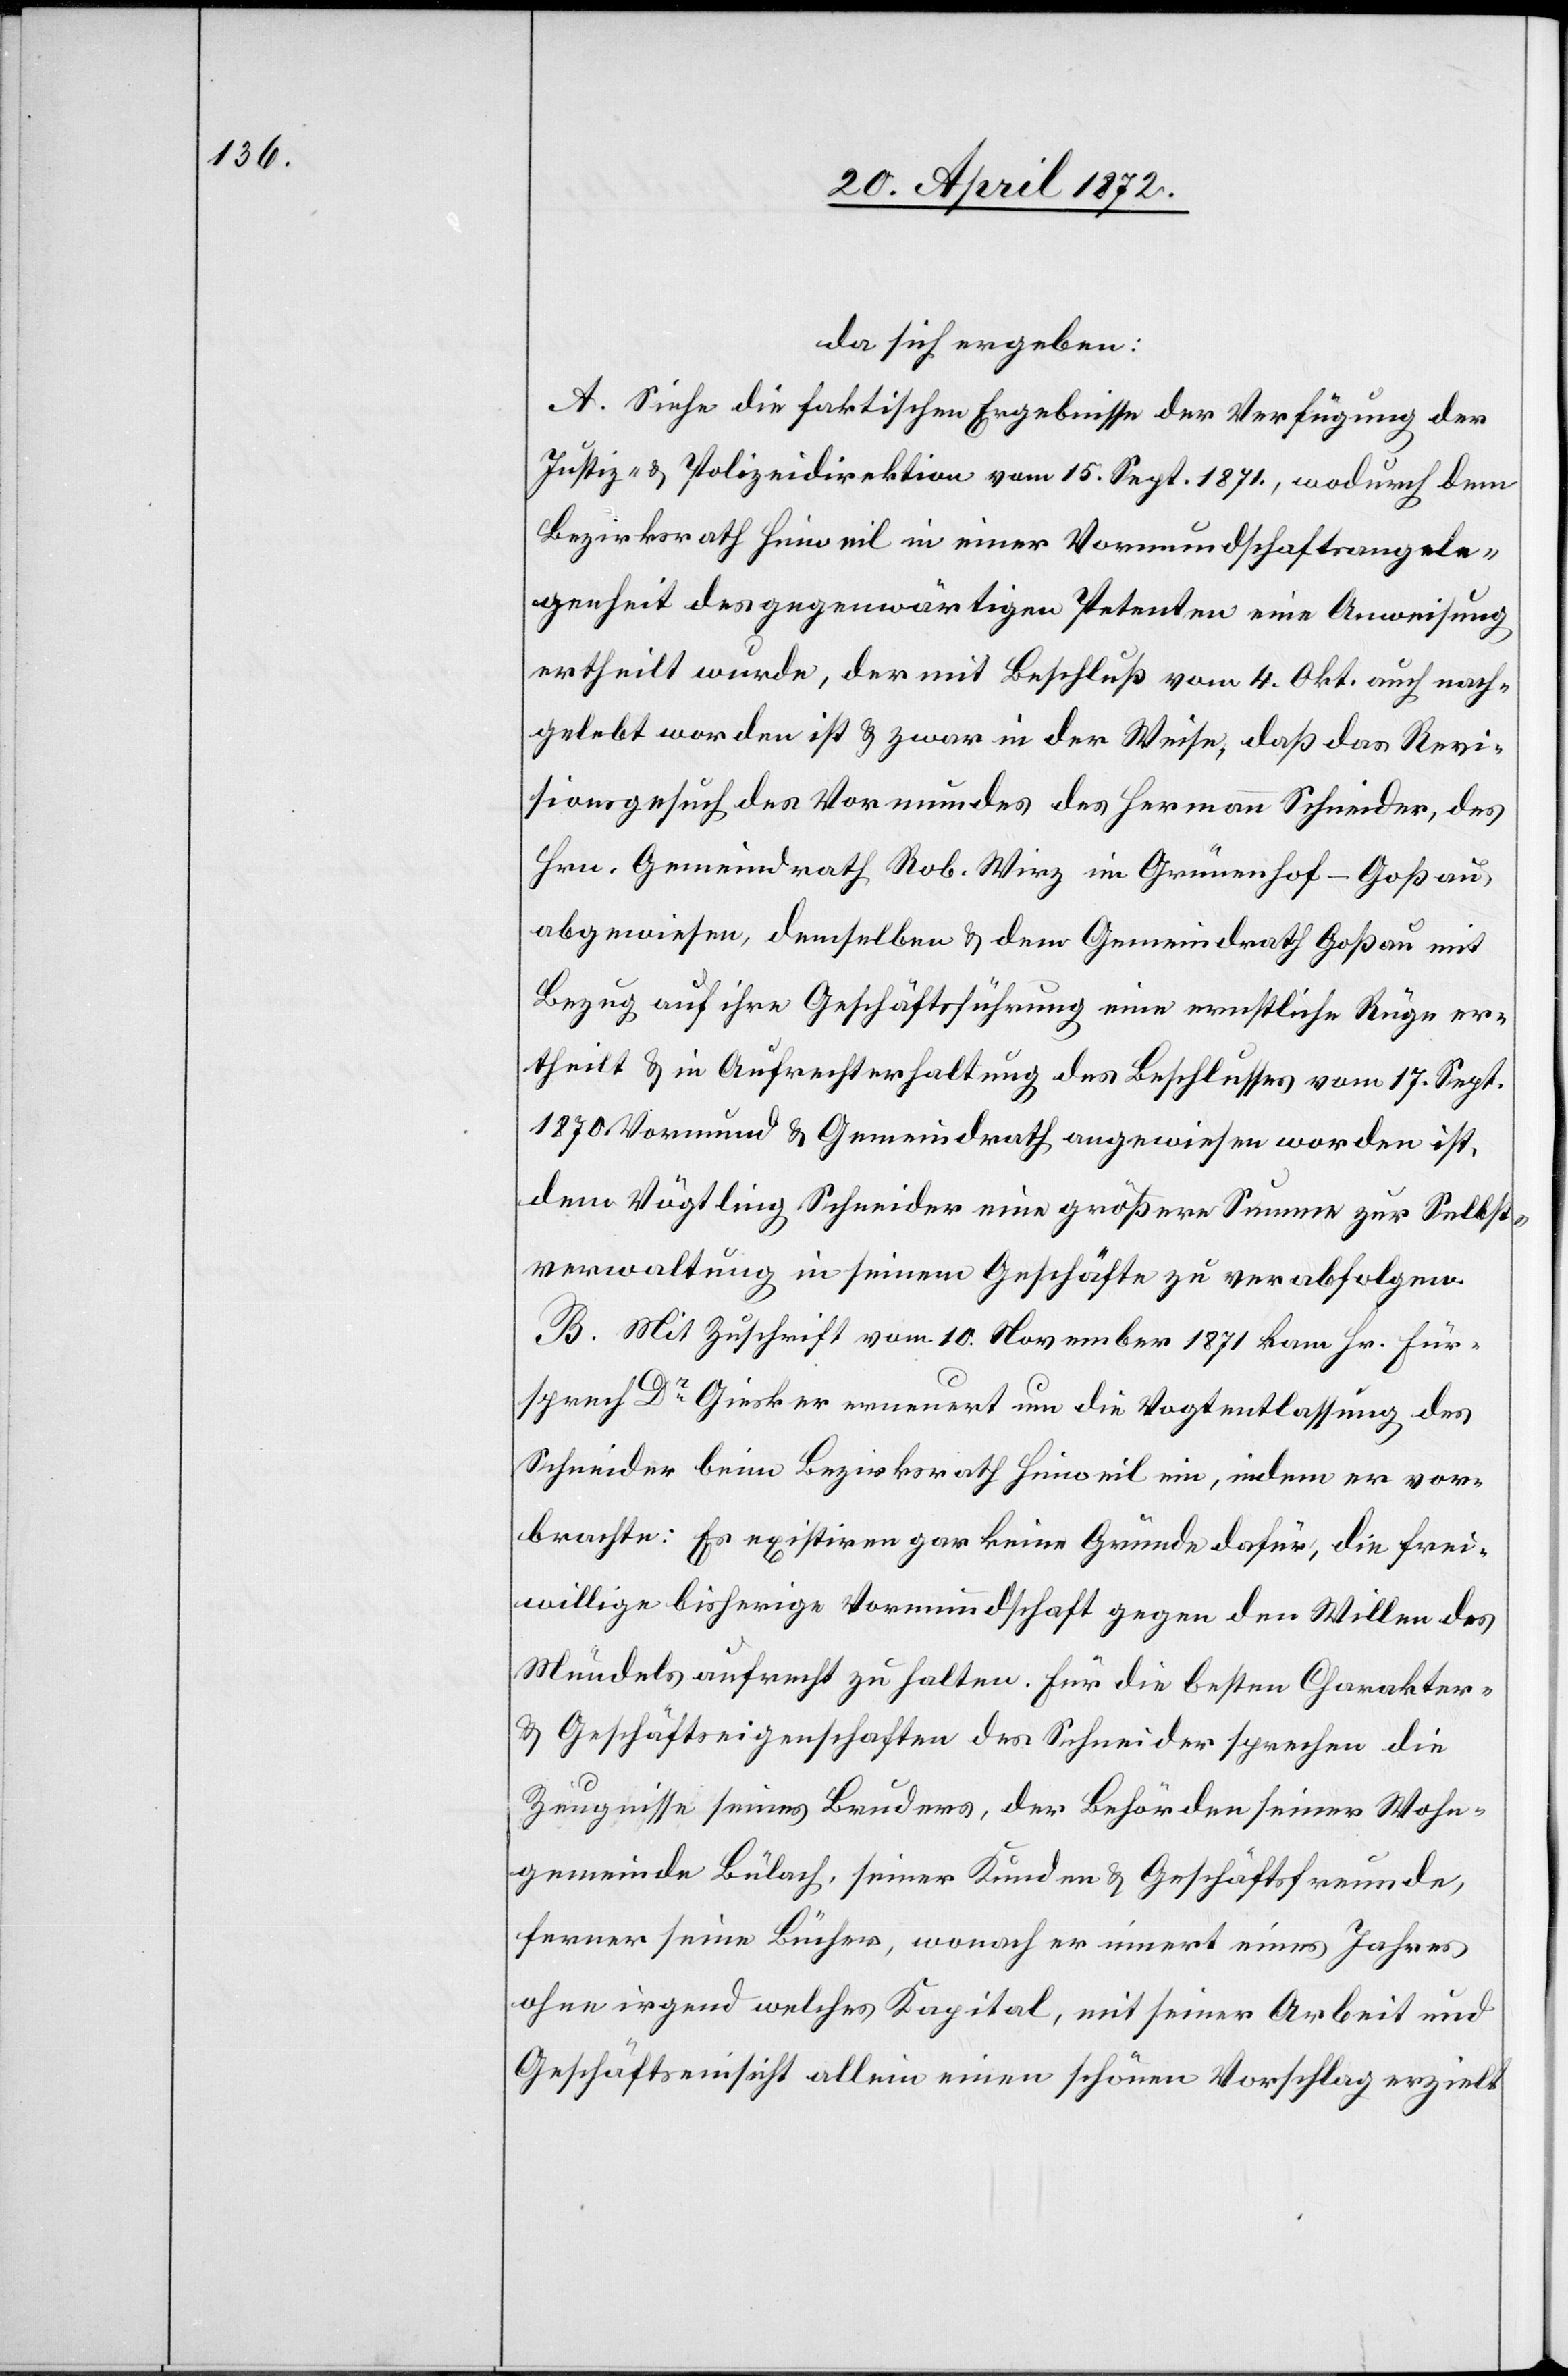
da sich ergeben:
A. Siehe die faktischen Ergebnisse der Verfügung der
Justiz- u. Polizeidirektion vom 15. Sept. 1871, wodurch dem
Bezirksrath Hinweil in einer Vormundschaftsangele¬
genheit des gegenwärtigen Petenten eine Anweisung
ertheilt wurde, der mit Beschluß vom 4. Okt. auch nach¬
gelebt worden ist u. zwar in der Weise, daß das Revi¬
sionsgesuch des Vormundes des Hermann Schneider, des
Hrn. Gemeindrath Rob. Wirz im Grünenhof-Goßau,
abgewiesen, demselben u. dem Gemeindrath Goßau mit
Bezug auf ihre Geschäftsführung eine ernstliche Rüge er¬
theilt u. in Aufrechterhaltung des Beschlusses vom 17. Sept.
1870 Vormund u. Gemeindrath angewiesen worden ist,
dem Vögtling Schneider eine größere Summe zur Selbst¬
verwaltung in seinem Geschäfte zu verabfolgen.
B. Mit Zuschrift vom 10. November 1871 kam Hr. Für¬
sprech Dr Giesker erneuert um die Vogtentlassung des
Schneider beim Bezirksrath Hinweil ein, indem er vor¬
brachte: Es existiren gar keine Gründe dafür, die frei¬
willige bisherige Vormundschaft gegen den Willen des
Mündels aufrecht zu halten. Für die besten Charakter-
u. Geschäftseigenschaften des Schneider sprechen die
Zeugnisse seines Bruders, der Behörden seiner Wohn¬
gemeinde Bülach, seiner Kinder u. Geschäftsfreunde,
ferner seine Bücher, wonach er innert eines Jahres
ohne irgend welches Kapital, mit seiner Arbeit und
Geschäftseinsicht allein einen schönen Vorschlag erzielt